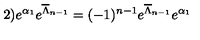
2 ) e ^ { \alpha _ { 1 } } e ^ { \overline { { \Lambda } } _ { n - 1 } } = ( - 1 ) ^ { n - 1 } e ^ { \overline { { \Lambda } } _ { n - 1 } } e ^ { \alpha _ { 1 } }